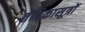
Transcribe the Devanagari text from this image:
तंत्रिकासूत्रों